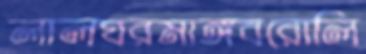
লালঘরমাঙ্গবরোলি